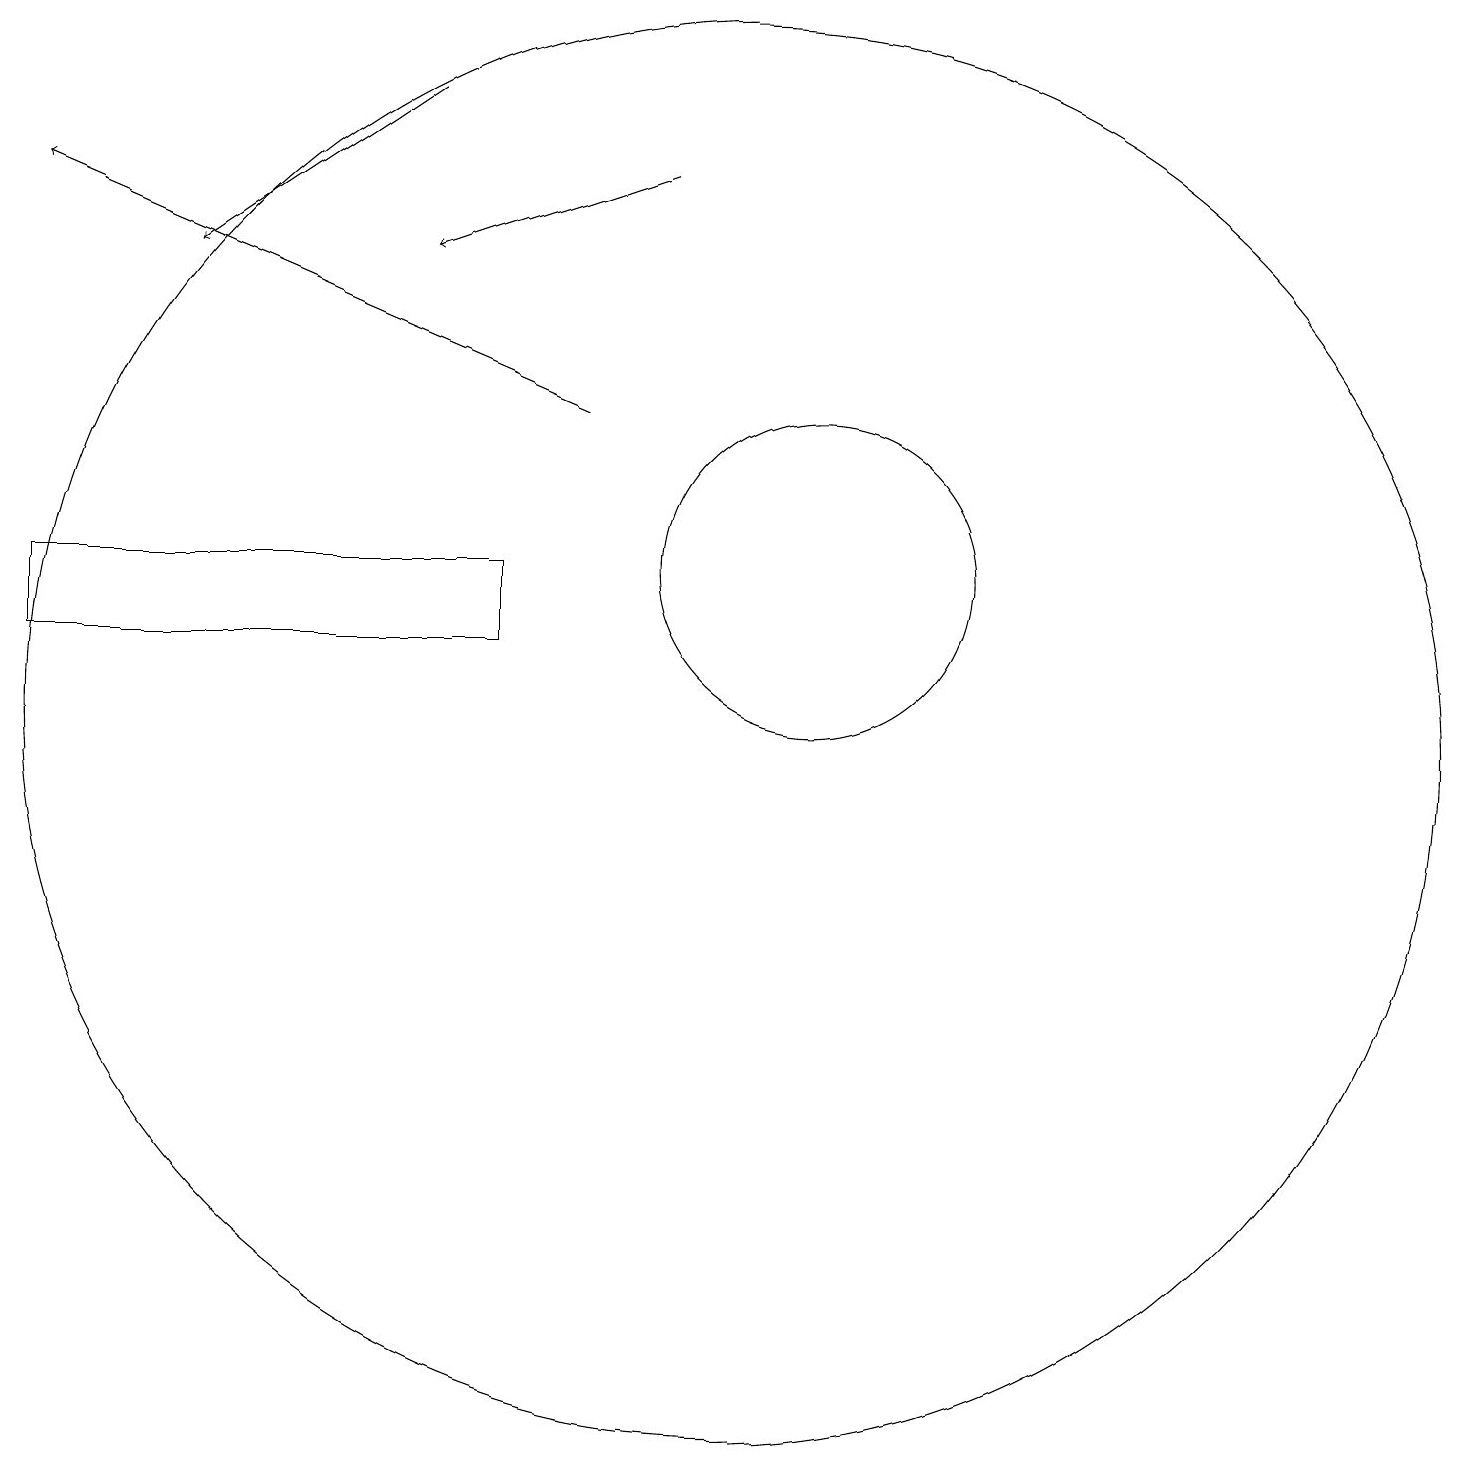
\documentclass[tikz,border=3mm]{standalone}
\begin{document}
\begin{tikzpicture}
\draw (10,10) circle (9);
\draw[->] (6,18) -- (3,16);
\draw (7,11) rectangle (1,12);
\draw[->] (9,17) -- (6,16);
\draw (11,12) circle (2);
\draw[->] (8,14) -- (1,17);
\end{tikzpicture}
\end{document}